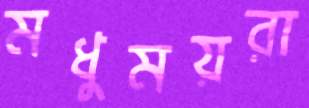
মধুময়রা